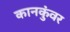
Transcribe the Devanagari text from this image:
कानकुंवर